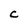
Character: C